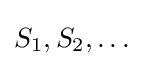
S_{1},S_{2},\ldots